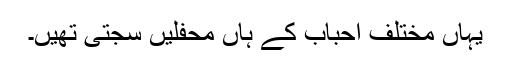
یہاں مختلف احباب کے ہاں محفلیں سجتی تھیں۔